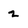
Character: 2